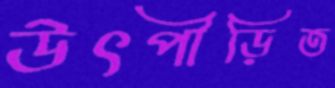
উৎপীড়িত